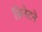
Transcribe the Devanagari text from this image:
सिनेटने